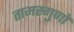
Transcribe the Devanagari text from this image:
तामस्गुणों